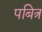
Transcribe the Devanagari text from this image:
पबित्र